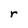
Character: r